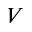
V